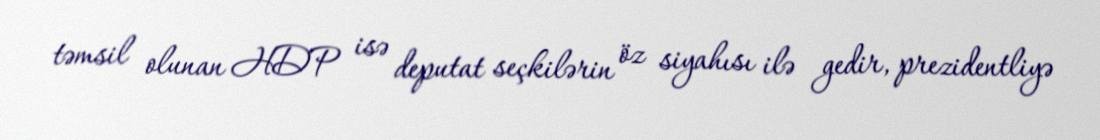
təmsil olunan HDP isə deputat seçkilərin öz siyahısı ilə gedir, prezidentliyə